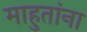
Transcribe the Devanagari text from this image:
माहुतांना